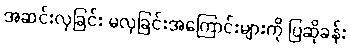
အဆင်းလှခြင်း မလှခြင်းအကြောင်းများကို ပြဆိုခန်း